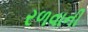
રળવાની